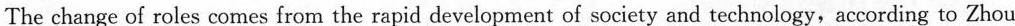
According to the China Internet Network Information Centre，in China，56.7%of Internet users and